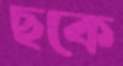
ছকে